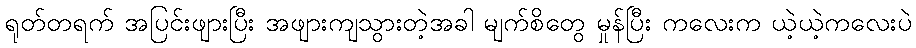
ရုတ်တရက် အပြင်းဖျားပြီး အဖျားကျသွားတဲ့အခါ မျက်စိတွေ မှုန်ပြီး ကလေးက ယဲ့ယဲ့ကလေးပဲ